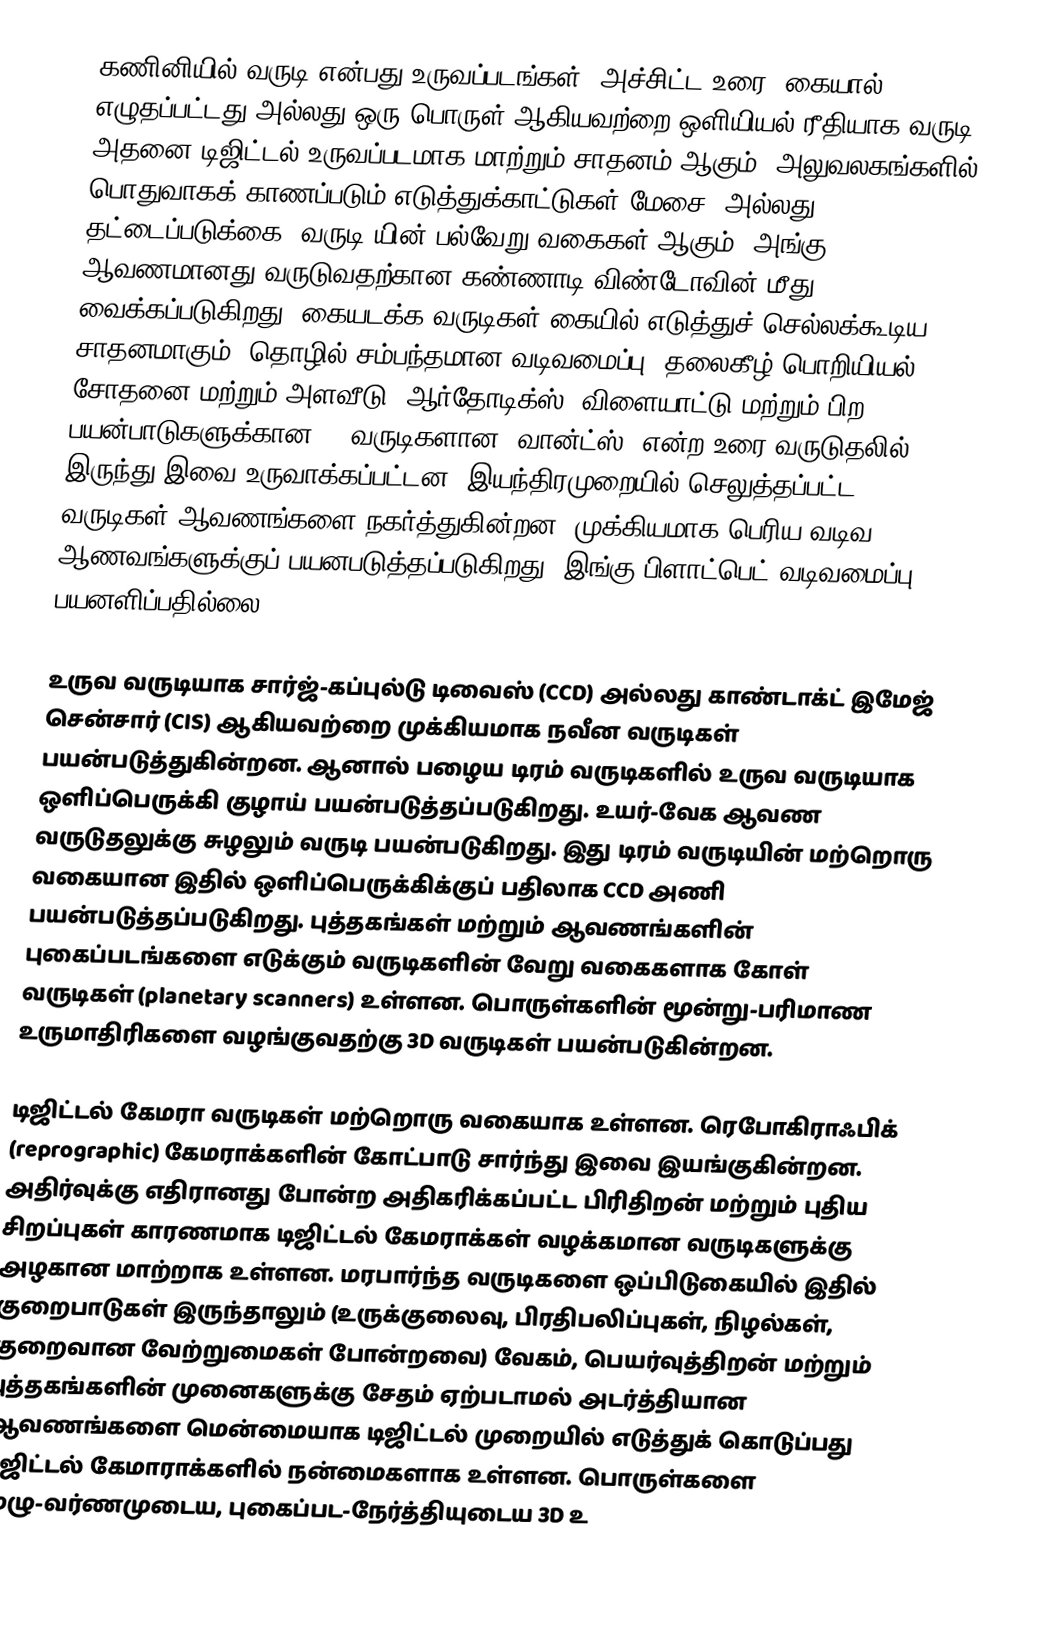
கணினியில் வருடி என்பது உருவப்படங்கள், அச்சிட்ட உரை, கையால் எழுதப்பட்டது அல்லது ஒரு பொருள் ஆகியவற்றை ஒளியியல் ரீதியாக வருடி அதனை டிஜிட்டல் உருவப்படமாக மாற்றும் சாதனம் ஆகும். அலுவலகங்களில் பொதுவாகக் காணப்படும் எடுத்துக்காட்டுகள் மேசை (அல்லது தட்டைப்படுக்கை) வருடி யின் பல்வேறு வகைகள் ஆகும். அங்கு ஆவணமானது வருடுவதற்கான கண்ணாடி விண்டோவின் மீது வைக்கப்படுகிறது. கையடக்க வருடிகள் கையில் எடுத்துச் செல்லக்கூடிய சாதனமாகும். தொழில் சம்பந்தமான வடிவமைப்பு, தலைகீழ் பொறியியல், சோதனை மற்றும் அளவீடு, ஆர்தோடிக்ஸ், விளையாட்டு மற்றும் பிற பயன்பாடுகளுக்கான 3D வருடிகளான "வான்ட்ஸ்" என்ற உரை வருடுதலில் இருந்து இவை உருவாக்கப்பட்டன. இயந்திரமுறையில் செலுத்தப்பட்ட வருடிகள் ஆவணங்களை நகர்த்துகின்றன. முக்கியமாக பெரிய-வடிவ ஆணவங்களுக்குப் பயனபடுத்தப்படுகிறது. இங்கு பிளாட்பெட் வடிவமைப்பு பயனளிப்பதில்லை.

உருவ வருடியாக சார்ஜ்-கப்புல்டு டிவைஸ் (CCD) அல்லது காண்டாக்ட் இமேஜ் சென்சார் (CIS) ஆகியவற்றை முக்கியமாக நவீன வருடிகள் பயன்படுத்துகின்றன. ஆனால் பழைய டிரம் வருடிகளில் உருவ வருடியாக ஒளிப்பெருக்கி குழாய் பயன்படுத்தப்படுகிறது. உயர்-வேக ஆவண வருடுதலுக்கு சுழலும் வருடி பயன்படுகிறது. இது டிரம் வருடியின் மற்றொரு வகையான இதில் ஒளிப்பெருக்கிக்குப் பதிலாக CCD அணி பயன்படுத்தப்படுகிறது. புத்தகங்கள் மற்றும் ஆவணங்களின் புகைப்படங்களை எடுக்கும் வருடிகளின் வேறு வகைகளாக கோள் வருடிகள் (planetary scanners) உள்ளன. பொருள்களின் மூன்று-பரிமாண உருமாதிரிகளை வழங்குவதற்கு 3D வருடிகள் பயன்படுகின்றன.

டிஜிட்டல் கேமரா வருடிகள் மற்றொரு வகையாக உள்ளன. ரெபோகிராஃபிக் (reprographic) கேமராக்களின் கோட்பாடு சார்ந்து இவை இயங்குகின்றன. அதிர்வுக்கு எதிரானது போன்ற அதிகரிக்கப்பட்ட பிரிதிறன் மற்றும் புதிய சிறப்புகள் காரணமாக டிஜிட்டல் கேமராக்கள் வழக்கமான வருடிகளுக்கு அழகான மாற்றாக உள்ளன. மரபார்ந்த வருடிகளை ஒப்பிடுகையில் இதில் குறைபாடுகள் இருந்தாலும் (உருக்குலைவு, பிரதிபலிப்புகள், நிழல்கள், குறைவான வேற்றுமைகள் போன்றவை) வேகம், பெயர்வுத்திறன் மற்றும் புத்தகங்களின் முனைகளுக்கு சேதம் ஏற்படாமல் அடர்த்தியான ஆவணங்களை மென்மையாக டிஜிட்டல் முறையில் எடுத்துக் கொடுப்பது டிஜிட்டல் கேமாராக்களில் நன்மைகளாக உள்ளன. பொருள்களை முழு-வர்ணமுடைய, புகைப்பட-நேர்த்தியுடைய 3D உ